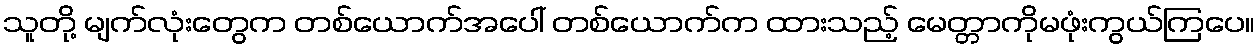
သူတို့ မျက်လုံးတွေက တစ်ယောက်အပေါ် တစ်ယောက်က ထားသည့် မေတ္တာကိုမဖုံးကွယ်ကြပေ။